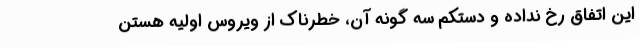
این اتفاق رخ نداده و دستکم سه گونه آن، خطرناک از ویروس اولیه هستن